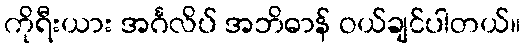
ကိုရီးယား အင်္ဂလိပ် အဘိဓာန် ဝယ်ချင်ပါတယ်။